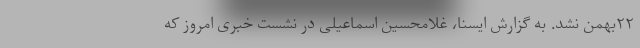
۲۲بهمن نشد. به گزارش ایسنا، غلامحسین اسماعیلی در نشست خبری امروز که